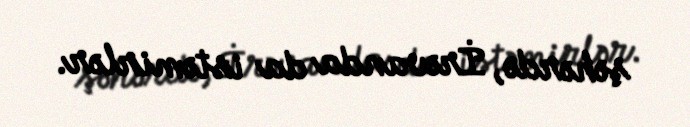
şəhərdə, İrəvanda da istəmirlər.